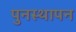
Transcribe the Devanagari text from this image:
पुनस्थापन